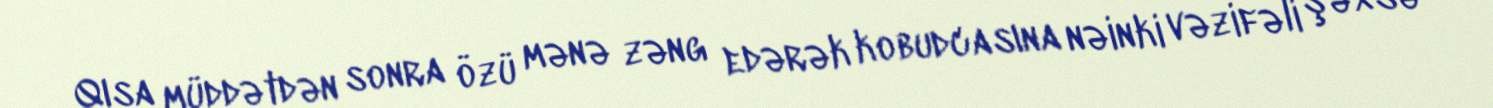
Qısa müddətdən sonra özü mənə zəng edərək kobudcasına nəinki vəzifəli şəxsə